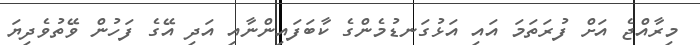
މިރާއްޖެ އަށް ފުރަތަމަ އައި އަޅުގަނޑުމެންގެ ކާބަފައިންނާއި އަދި އޭގެ ފަހުން ވޭތުވެދިޔަ